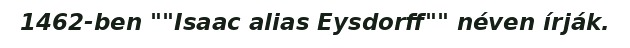
1462-ben ""Isaac alias Eysdorff"" néven írják.